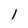
Character: l